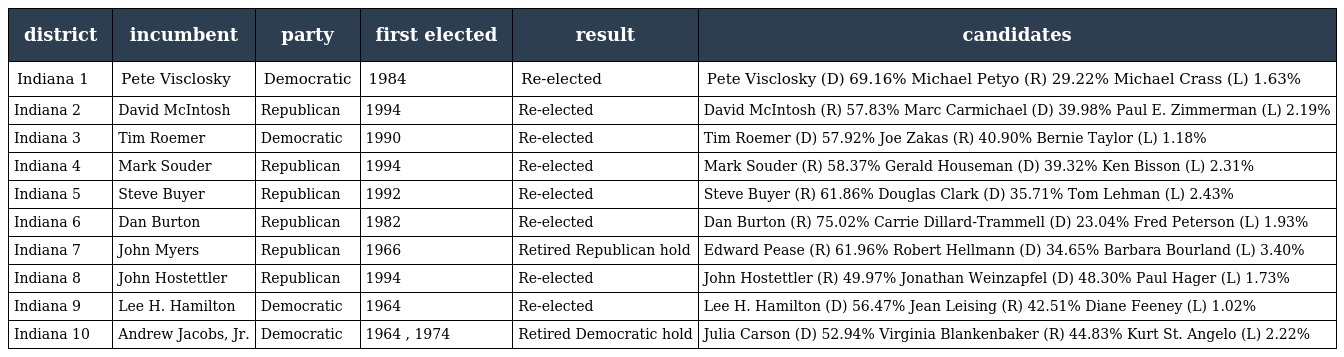
| district | incumbent | party | first elected | result | candidates |
 | --- | --- | --- | --- | --- | --- |
 | Indiana 1 | Pete Visclosky | Democratic | 1984 | Re-elected | Pete Visclosky (D) 69.16% Michael Petyo (R) 29.22% Michael Crass (L) 1.63% |
 | Indiana 2 | David McIntosh | Republican | 1994 | Re-elected | David McIntosh (R) 57.83% Marc Carmichael (D) 39.98% Paul E. Zimmerman (L) 2.19% |
 | Indiana 3 | Tim Roemer | Democratic | 1990 | Re-elected | Tim Roemer (D) 57.92% Joe Zakas (R) 40.90% Bernie Taylor (L) 1.18% |
 | Indiana 4 | Mark Souder | Republican | 1994 | Re-elected | Mark Souder (R) 58.37% Gerald Houseman (D) 39.32% Ken Bisson (L) 2.31% |
 | Indiana 5 | Steve Buyer | Republican | 1992 | Re-elected | Steve Buyer (R) 61.86% Douglas Clark (D) 35.71% Tom Lehman (L) 2.43% |
 | Indiana 6 | Dan Burton | Republican | 1982 | Re-elected | Dan Burton (R) 75.02% Carrie Dillard-Trammell (D) 23.04% Fred Peterson (L) 1.93% |
 | Indiana 7 | John Myers | Republican | 1966 | Retired Republican hold | Edward Pease (R) 61.96% Robert Hellmann (D) 34.65% Barbara Bourland (L) 3.40% |
 | Indiana 8 | John Hostettler | Republican | 1994 | Re-elected | John Hostettler (R) 49.97% Jonathan Weinzapfel (D) 48.30% Paul Hager (L) 1.73% |
 | Indiana 9 | Lee H. Hamilton | Democratic | 1964 | Re-elected | Lee H. Hamilton (D) 56.47% Jean Leising (R) 42.51% Diane Feeney (L) 1.02% |
 | Indiana 10 | Andrew Jacobs, Jr. | Democratic | 1964 , 1974 | Retired Democratic hold | Julia Carson (D) 52.94% Virginia Blankenbaker (R) 44.83% Kurt St. Angelo (L) 2.22% |